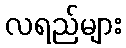
လရည်များ